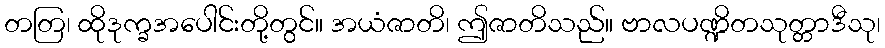
တတြ၊ ထိုဒုက္ခအပေါင်းတို့တွင်။ အယံဇာတိ၊ ဤဇာတိသည်။ ဗာလပဏ္ဍိတသုတ္တာဒီသု၊